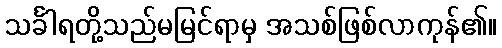
သင်္ခါရတို့သည်မမြင်ရာမှ အသစ်ဖြစ်လာကုန်၏။